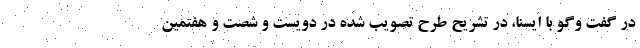
در گفت وگو با ایسنا، در تشریح طرح تصویب شده در دویست و شصت و هفتمین